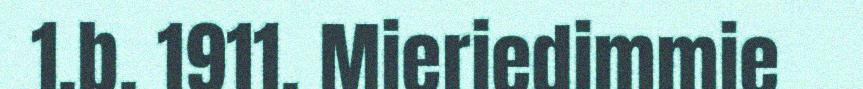
1.b. 1911. Mieriedimmie